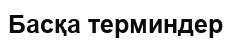
Басқа терминдер